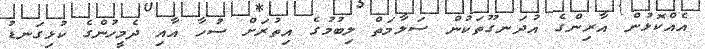
އެއްކޮޅުން އާރިންގެ އުދަނގޫތަކުން ސަލާމަތް ލިބުމުގެ އިތުރަށް ސުހާ އާއި ދެމީހުންގެ ކުޅިގަނޑު